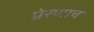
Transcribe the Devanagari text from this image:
प्रेरणाच